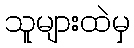
သူများထဲမှ